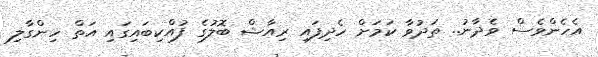
އެހެންވެސް ވެދާނު.. ތަދުވާ ކަމަށް ހެދިފައި ރިއާޝް ބޮލުގެ ފުއްކިބައިގައި އަތް ހިންގާލި